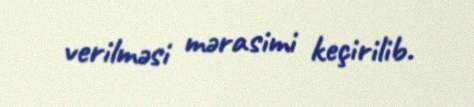
verilməsi mərasimi keçirilib.